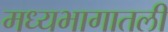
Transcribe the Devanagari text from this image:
मध्यभागातली